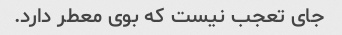
جای تعجب نیست که بوی معطر دارد.